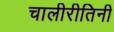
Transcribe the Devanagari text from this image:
चालीरीतिनी